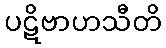
ပဋိဗာဟသီတိ